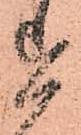
を